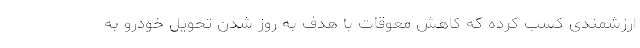
ارزشمندی کسب کرده که کاهش معوقات با هدف به روز شدن تحویل خودرو به